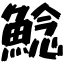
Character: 鯰